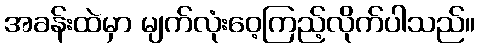
အခန်းထဲမှာ မျက်လုံးဝေ့ကြည့်လိုက်ပါသည်။